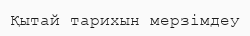
Қытай тарихын мерзімдеу